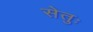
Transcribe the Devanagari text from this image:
सेतुः